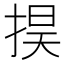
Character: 𢮚